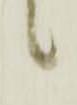
候